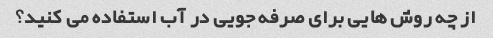
از چه روش هایی برای صرفه جویی در آب استفاده می کنید؟